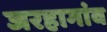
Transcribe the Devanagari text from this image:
जरहागांव